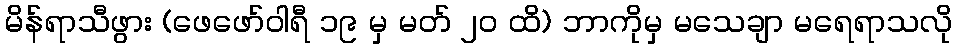
မိန်ရာသီဖွား (ဖေဖော်ဝါရီ ၁၉ မှ မတ် ၂၀ ထိ) ဘာကိုမှ မသေချာ မရေရာသလို